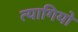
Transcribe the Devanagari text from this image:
त्‍यागियो